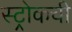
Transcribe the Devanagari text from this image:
स्ट्रोकची